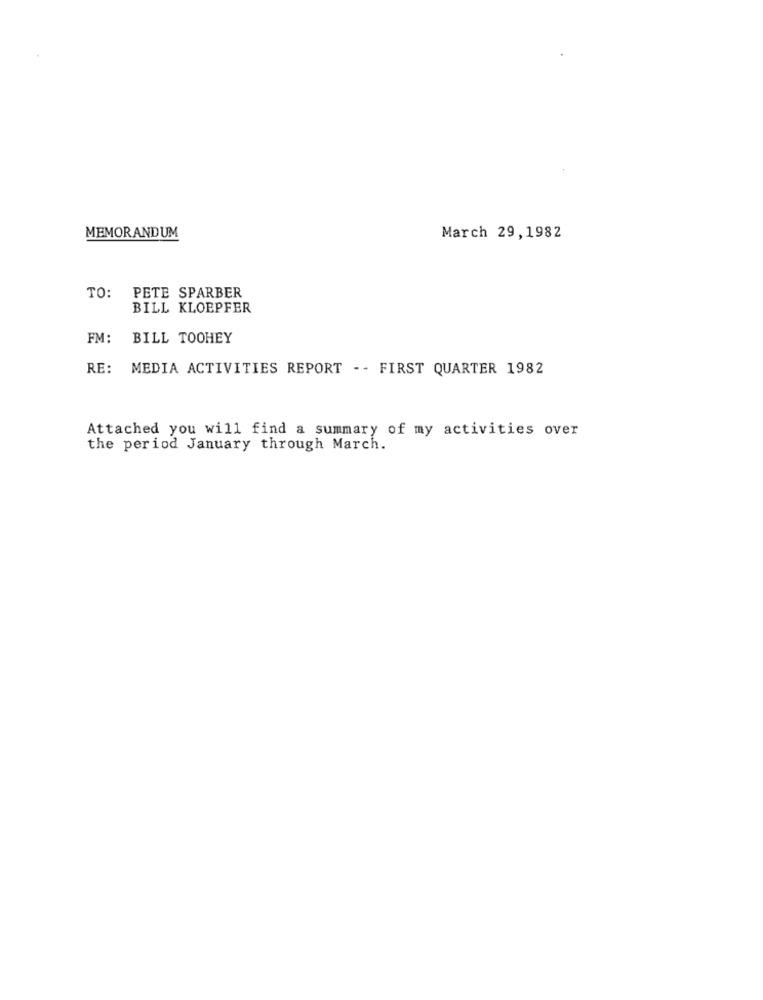
MEMORANDUM
March 29,1982
TO:
PETE SPARBER
BILL KLOEPFER
FM:
BILL TOOHEY
RE:
MEDIA ACTIVITIES REPORT - - FIRST QUARTER 1982
Attached you will find a summary of my activities over
the period January through March.